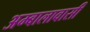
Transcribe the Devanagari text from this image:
अम्बालावासी